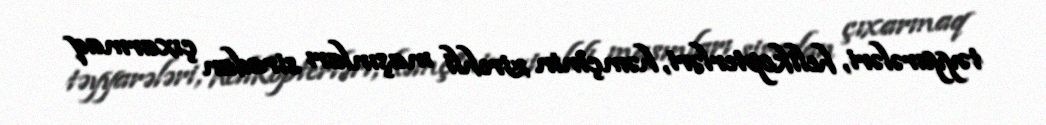
təyyarələri, helikopterləri, həmçinin zirehli maşınları siradan çıxarmaq